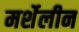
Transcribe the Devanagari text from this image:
मर्शेलीन